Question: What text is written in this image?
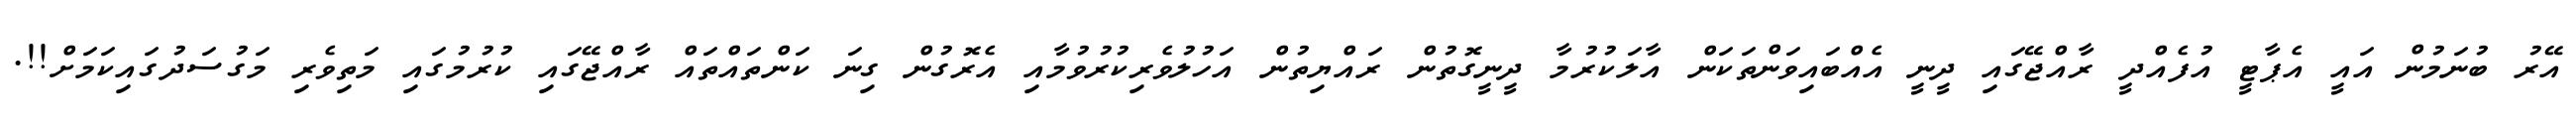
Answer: އޭރު ބުނަމުން އައީ އެޕާޓީ އުފެއްދީ ރާއްޖޭގައި ދީނީ އެއްބައިވަންތަކަން އާލަކުރުމާ ދީނީގޮތުން ރައްޔިތުން އަހުލުވެރިކުރުވުމާއި އެރޮގުން ގިނަ ކަންތައްތައް ރާއްޖޭގައި ކުރުމުގައި މަތިވެރި މަގުސަދުގައިކަމަށް!!.